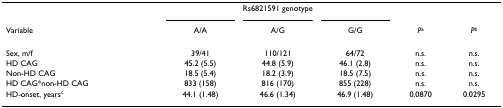
<table><thead><tr><td></td><td colspan="3"><b>Rs6821591 genotype</b></td><td></td><td></td></tr><tr><td><b>Variable</b></td><td><b>A/A</b></td><td><b>A/G</b></td><td><b>G/G</b></td><td><b><i>P</i><sup>a</sup></b></td><td><b><i>P</i><sup>b</sup></b></td></tr></thead><tbody><tr><td>Sex, m/f</td><td>39/41</td><td>110/121</td><td>64/72</td><td>n.s.</td><td>n.s.</td></tr><tr><td>HD CAG</td><td>45.2 (5.5)</td><td>44.8 (5.9)</td><td>46.1 (2.8)</td><td>n.s.</td><td>n.s.</td></tr><tr><td>Non-HD CAG</td><td>18.5 (5.4)</td><td>18.2 (3.9)</td><td>18.5 (7.5)</td><td>n.s.</td><td>n.s.</td></tr><tr><td>HD CAG*non-HD CAG</td><td>833 (158)</td><td>816 (170)</td><td>855 (228)</td><td>n.s.</td><td>n.s.</td></tr><tr><td>HD-onset, years<sup>c</sup></td><td>44.1 (1.48)</td><td>46.6 (1.34)</td><td>46.9 (1.48)</td><td>0.0870</td><td>0.0295</td></tr></tbody></table>